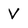
Character: V